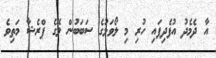
އާ ދެމެދު އުފެދިފައި ހުރި މި ލޯވަޅުގެ ސަބަބުން ލޭގެ ޕްރެޝާ މަތިވެ